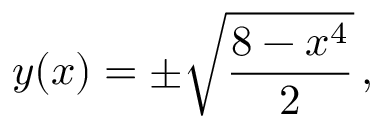
y ( x ) = \pm { \sqrt { \frac { 8 - x ^ { 4 } } { 2 } } } \, ,